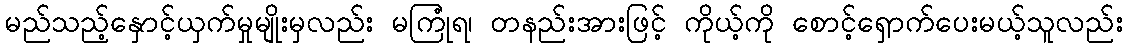
မည်သည့်နှောင့်ယှက်မှုမျိုးမှလည်း မကြုံရ၊ တနည်းအားဖြင့် ကိုယ့်ကို စောင့်ရှောက်ပေးမယ့်သူလည်း